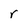
Character: r